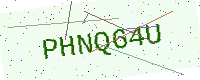
Text: PHNQ64U